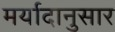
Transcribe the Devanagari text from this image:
मर्यादानुसार